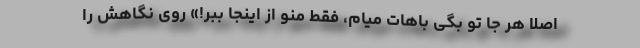
اصلا هر جا تو بگی باهات میام، فقط منو از اینجا ببر!» روی نگاهش را